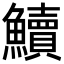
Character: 𩽆